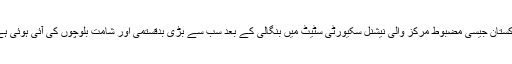
پاکستان جیسی مضبوط مرکز والی نیشنل سکیورٹی سٹیٹ میں بنگالی کے بعد سب سے بڑی بدقستمی اور شامت بلوچوں کی آئی ہوئی ہے۔